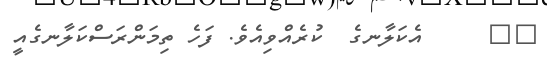
٨٤     އެކަލާނގެ  ކުރެއްވިއެވެ. ފަހެ ތިމަންރަސްކަލާނގެއީ